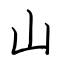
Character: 山